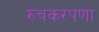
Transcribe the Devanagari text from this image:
रुचकरपणा